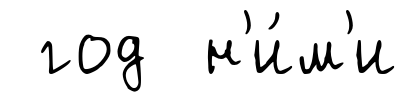
год н'и́м'и